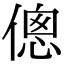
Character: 傯